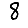
Digit: 8